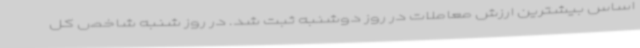
اساس بیشترین ارزش معاملات در روز دوشنبه ثبت شد. در روز شنبه شاخص کل